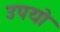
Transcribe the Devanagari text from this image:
उपयो